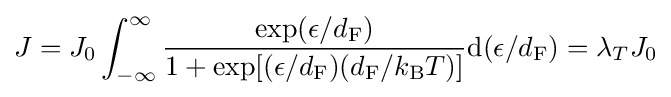
J=J_{0}\int _{-\infty }^{\infty }{\frac {\exp(\epsilon /d_{\mathrm {F} })}{1+\exp[(\epsilon /d_{\mathrm {F} })(d_{\mathrm {F} }/k_{\mathrm {B} }T)]}}\mathrm {d} (\epsilon /d_{\mathrm {F} })=\lambda _{T}J_{0}